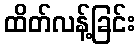
ထိတ်လန့်ခြင်း